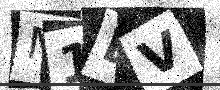
Text: M1DV